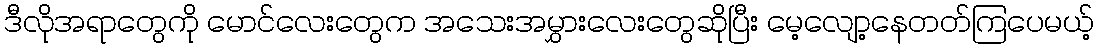
ဒီလိုအရာတွေကို မောင်လေးတွေက အသေးအမွှားလေးတွေဆိုပြီး မေ့လျော့နေတတ်ကြပေမယ့်